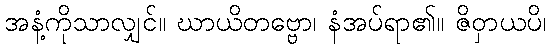
အနံ့ကိုသာလျှင်။ ဃာယိတဗ္ဗော၊ နံအပ်ရာ၏။ ဇိဝှာယပိ၊